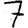
Digit: 7